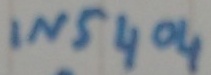
Text: IN5404